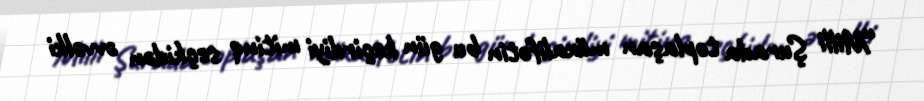
“Milli Şurada toplaşan müxalifətin bu gün keçirdiyi mitinq seçkidən əvvəlki